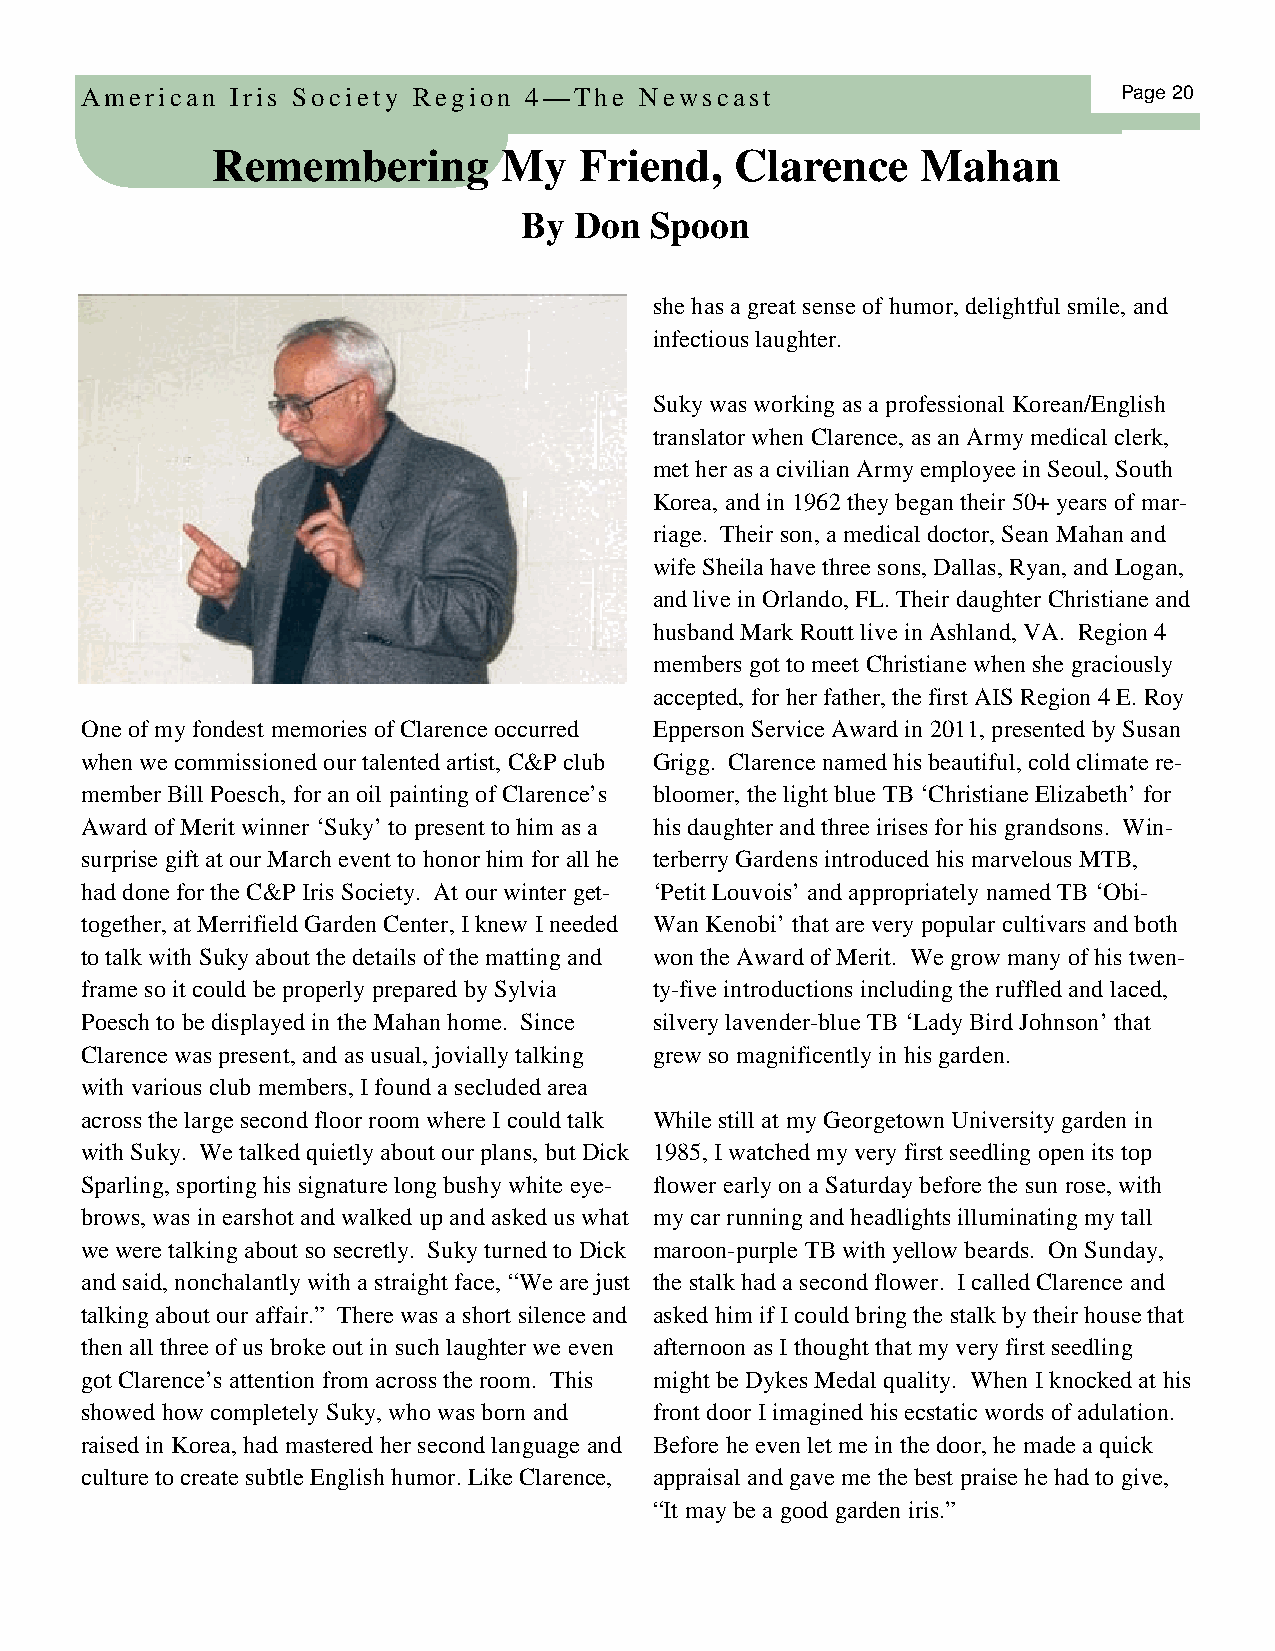
American  Iris Society Region 4—The  Newscast                        Page 20
 Remembering        My   Fri end,   Clarence    Mahan
 By Don  Spoon
 she has a great sense of humor, delightful smile, and
 infectious laughter.
 Suky was working as a professional Korean/English
 translator when Clarence, as an Army medical clerk,
 met her as a civilian Army employee in Seoul, South
 Korea, and in 1962 they began their 50+ years of mar-
 riage. Their son, a medical doctor, Sean Mahan and
 wife Sheila have three sons, Dallas, Ryan, and Logan,
 and live in Orlando, FL. Their daughter Christiane and
 husband Mark Routt live in Ashland, VA. Region 4
 members got to meet Christiane when she graciously
 accepted, for her father, the first AIS Region 4 E. Roy
 One of my fondest memories of Clarence occurred Epperson Service Award in 2011, presented by Susan
 when we commissioned our talented artist, C&P club Grigg. Clarence named his beautiful, cold climate re-
 member Bill Poesch, for an oil painting of Clarence’s bloomer, the light blue TB ‘Christiane Elizabeth’ for
 Award of Merit winner ‘Suky’ to present to him as a his daughter and three irises for his grandsons. Win-
 surprise gift at our March event to honor him for all he terberry Gardens introduced his marvelous MTB,
 had done for the C&P Iris Society. At our winter get- ‘Petit Louvois’ and appropriately named TB ‘Obi-
 together, at Merrifield Garden Center, I knew I needed Wan Kenobi’ that are very popular cultivars and both
 to talk with Suky about the details of the matting and won the Award of Merit. We grow many of his twen-
 frame so it could be properly prepared by Sylvia ty-five introductions including the ruffled and laced,
 Poesch to be displayed in the Mahan home. Since silvery lavender-blue TB ‘Lady Bird Johnson’ that
 Clarence was present, and as usual, jovially talking grew so magnificently in his garden.
 with various club members, I found a secluded area
 across the large second floor room where I could talk While still at my Georgetown University garden in
 with Suky. We talked quietly about our plans, but Dick 1985, I watched my very first seedling open its top
 Sparling, sporting his signature long bushy white eye- flower early on a Saturday before the sun rose, with
 brows, was in earshot and walked up and asked us what my car running and headlights illuminating my tall
 we were talking about so secretly. Suky turned to Dick maroon-purple TB with yellow beards. On Sunday,
 and said, nonchalantly with a straight face, “We are just the stalk had a second flower. I called Clarence and
 talking about our affair.” There was a short silence and asked him if I could bring the stalk by their house that
 then all three of us broke out in such laughter we even afternoon as I thought that my very first seedling
 got Clarence’s attention from across the room. This might be Dykes Medal quality. When I knocked at his
 showed how completely Suky, who was born and front door I imagined his ecstatic words of adulation.
 raised in Korea, had mastered her second language and Before he even let me in the door, he made a quick
 culture to create subtle English humor. Like Clarence, appraisal and gave me the best praise he had to give,
 “It may be a good garden iris.”